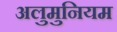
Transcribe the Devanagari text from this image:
अलुमुनियम